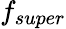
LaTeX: f_{super}